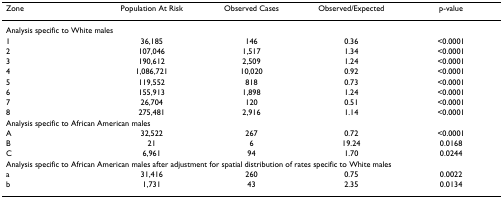
<table><thead><tr><td><b>Zone</b></td><td><b>Population At Risk</b></td><td><b>Observed Cases</b></td><td><b>Observed/Expected</b></td><td><b>p-value</b></td></tr></thead><tbody><tr><td colspan="5">Analysis specific to White males</td></tr><tr><td>1</td><td>36,185</td><td>146</td><td>0.36</td><td>&lt;0.0001</td></tr><tr><td>2</td><td>107,046</td><td>1,517</td><td>1.34</td><td>&lt;0.0001</td></tr><tr><td>3</td><td>190,612</td><td>2,509</td><td>1.24</td><td>&lt;0.0001</td></tr><tr><td>4</td><td>1,086,721</td><td>10,020</td><td>0.92</td><td>&lt;0.0001</td></tr><tr><td>5</td><td>119,552</td><td>818</td><td>0.73</td><td>&lt;0.0001</td></tr><tr><td>6</td><td>155,913</td><td>1,898</td><td>1.24</td><td>&lt;0.0001</td></tr><tr><td>7</td><td>26,704</td><td>120</td><td>0.51</td><td>&lt;0.0001</td></tr><tr><td>8</td><td>275,481</td><td>2,916</td><td>1.14</td><td>&lt;0.0001</td></tr><tr><td colspan="5">Analysis specific to African American males</td></tr><tr><td>A</td><td>32,522</td><td>267</td><td>0.72</td><td>&lt;0.0001</td></tr><tr><td>B</td><td>21</td><td>6</td><td>19.24</td><td>0.0168</td></tr><tr><td>C</td><td>6,961</td><td>94</td><td>1.70</td><td>0.0244</td></tr><tr><td colspan="5">Analysis specific to African American males after adjustment for spatial distribution of rates specific to White males</td></tr><tr><td>a</td><td>31,416</td><td>260</td><td>0.75</td><td>0.0022</td></tr><tr><td>b</td><td>1,731</td><td>43</td><td>2.35</td><td>0.0134</td></tr></tbody></table>